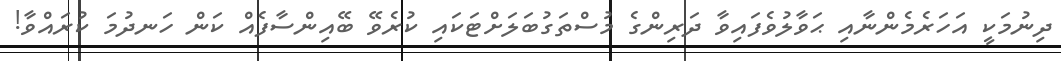
ދިނުމަކީ އަހަރެެމެންނާއި ޙަވާލުވެފައިވާ ދަރިންގެ މުސްތަގުބަލަށްޓަކައި ކުރެވޭ ބޭއިންސާފެއް ކަން ހަނދުމަ ކުރައްވާ!